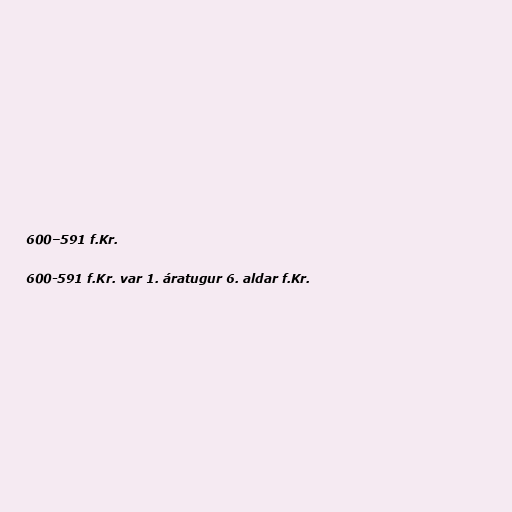
600–591 f.Kr.

600-591 f.Kr. var 1. áratugur 6. aldar f.Kr.